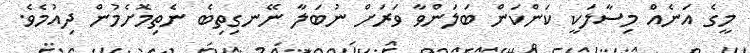
މީގެ އަނެއް މިސާލަކީ ކަންކަން ބަލަންވާ ވަރަށް ނުބަލާ ނޭނގިތިބެ ނެތިމޮށެމުން ދިއުމެވެ.